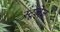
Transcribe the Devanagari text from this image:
स्टूजेज़